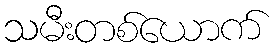
သမီးတစ်ယောက်